King Institute of Preventive Medicine Bacteriolog. Section reports 1907-08
Year: 1907
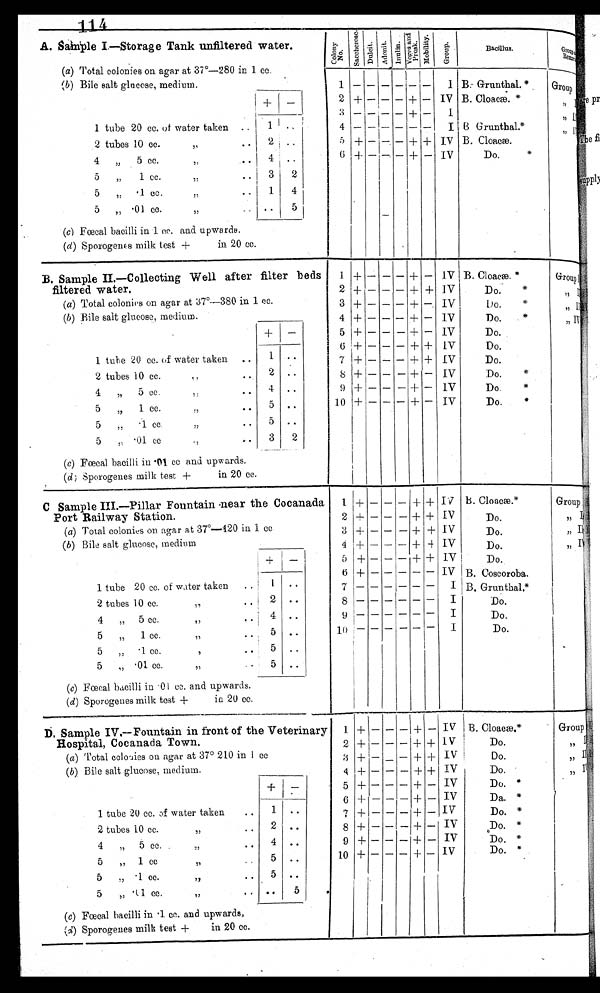
A. Sample I.—Storage Tank unfiltered water.
Colony
No.
Saccherose.Dulcit. Adonit. Inulin.
Voges and
Prosk.
Mobility.
Group.
Bacillus.
G r o u p a n d
R e m a r k s .
(a) Total colonies on agar at 37°—280 in 1 cc.
( b ) Bile salt glucose, medium.
1 - - - - - -
I B. Grunthal.*
Group I
+
-
2 + --- -
+
- IV B. Cloacæ. *
" II
3 - - - - + -
I
" III
1 tube 20 cc. of water taken ..
1 ..
4 - - - - - -
I B Grunthal
.*
" IV
2 tubes 10 cc. "
2 ..
5 + - - -
+ +
IV B. Cloacæ.
4 „
5 cc. "
..
4 ..
6 + - - - + - IV
Do.
*
5
„
1 cc. "
3
2
5
„ .1 cc."
1
4
5 „ .01 cc. ,, ..
..
5
(c) Fœcal bacilli in .1 cc. and upwards.
(d) Sporogenes milk test +
in 20 cc.
B. Sample II.—Collecting Well after filter beds
filtered water.
1 +
- - -
+
-
IV B. Cloacæ. *
Group I
2 + - - - + + IV
Do.
*
" II
( a) Total colonies on agar at 37°—380 in 1 cc.
3 + - - - + - IV Do.
*
" I I I
(b ) Bile salt glucose, medium.
4 + - - - +
- IV
Do.
*
"
IV
+ -
5 +
- - - +
- IV
Do.
6 + - - - + + IV
Do.
1 tube 20 cc. of water taken ..
1
..
7 +
- - -
+ + IV
Do.
2 tubes 10 cc.
.. 2 ..
8 +
- - - + - IV
Do.
*
4
„
5 cc. " ..
4 ..
9 + - - -
+
- IV
Do.
*
5 " 1 cc. " ..
5 ..
10 + - - - + - IV
Do.
*
5 „
.1 cc. " ..
5 .
.
5
" .01 cc "
3
2
(c) Fœcal bacilli in .01 cc and upwards.
( d) Sporogenes milk test + in 20 cc.
C Sample III.—Pillar Fountain near the Cocanad
a Port Railway Station
1 +
- - -
+ +
I V
B. Cloacæ.*
Group I
2 + - - - + + IV
Do.
" II
(a) Total colonies on agar at 37°—120 in 1 cc
3 + - - - + +
I V
Do.
" III
( b ) Bile salt glucose, medium
4 + - - - + +
I V
Do.
" IV
+
-
5 + - - -
+
+
I V
Do.
6 + - - - - -
I V B. Coscoroba.
1 tube 20 cc. of water taken
..
1 ..
7 - - - - - -
I
B. Grunthal.*
2 tubes 10 cc.
"
..
2 ..
8 - - - - - -
I Do.
4
„ 5 cc.
"
. . 4 ..
9 - - - - - -
I Do.
5
„
1 cc.
" ..
5 ..
1 0
- - - - - -
I Do.
5
„ .1 cc. "
5 ..
5
„ .01 cc. " ..
5 ..
(c) Fœcal bacilli in .01 cc. and upwards.
( d) Sporogenes milk test +
in 20 cc.
D Sample IV.—Fountain in front of the Veterinar
y
Hospital, Cocanada Town .
1 + - - - + -
I V
B. Cloacæ.*
Group I
2 + - - - + +
I V
Do.
" II
(a) Total colonies on agar at 37° 210 in 1 cc
3 + - - - + +
I V
Do.
" III
(b) Bile salt glucose, medium.
4 + - - - + +
I V
Do.
" I V
+ -
5 + - - - + -
I V
Do. *
6 + - - - + -
I V
Da. *
1 tube 20 cc. of water taken
..
1 ..
7 + - - - + -
I V
Do.
*
2 tubes 10 cc.
"
..
2 ..
8 + - - - + -
I V
Do.
*
4
" 5 cc. " ..
4
9 + - - - + -
I V
Do. *
5 " 1 cc "
5 ..
1 0
+ - - - + -
I V
Do. *
5
„ .1 cc. "
5 ..
5
" .01 cc. " ..
..
5
(c) Fœcal bacilli in .1 cc. and upwards,
(d) Sporogenes milk test +
in 20 cc.